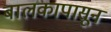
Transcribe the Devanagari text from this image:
बालकापासून